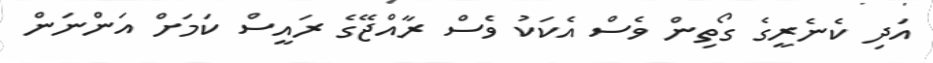
އަދި ކެނެރީގެ ގޯތިން ވެސް އެކަކު ވެސް ރާއްޖޭގެ ރައީސް ކަމަށް އަންނަން